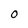
Character: O